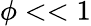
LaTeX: \phi<<1